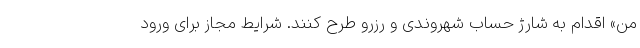
من» اقدام به شارژ حساب شهروندی و رزرو طرح کنند. شرایط مجاز برای ورود